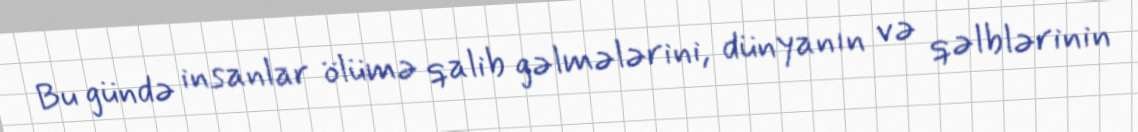
Bu gündə insanlar ölümə qalib gəlmələrini, dünyanın və qəlblərinin